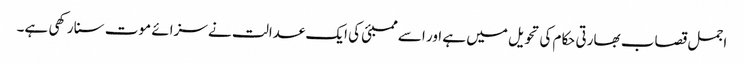
اجمل قصاب بھارتی حکام کی تحویل میں ہے اور اسے ممبئی کی ایک عدالت نے سزائے موت سنا رکھی ہے۔